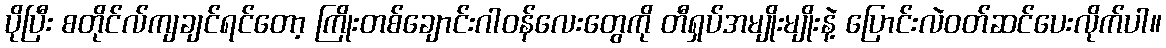
ပိုပြီး စတိုင်လ်ကျချင်ရင်တော့ ကြိုးတစ်ချောင်းဂါဝန်လေးတွေကို တီရှပ်အမျိုးမျိုးနဲ့ ပြောင်းလဲဝတ်ဆင်ပေးလိုက်ပါ။